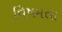
વિષમતા